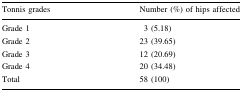
<table><thead><tr><td><b>Tonnis grades</b></td><td><b>Number (%) of hips affected</b></td></tr></thead><tbody><tr><td>Grade 1</td><td>3 (5.18)</td></tr><tr><td>Grade 2</td><td>23 (39.65)</td></tr><tr><td>Grade 3</td><td>12 (20.69)</td></tr><tr><td>Grade 4</td><td>20 (34.48)</td></tr><tr><td>Total</td><td>58 (100)</td></tr></tbody></table>